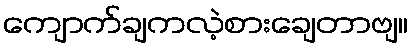
ကျောက်ချကလဲ့စားချေတာဗျ။